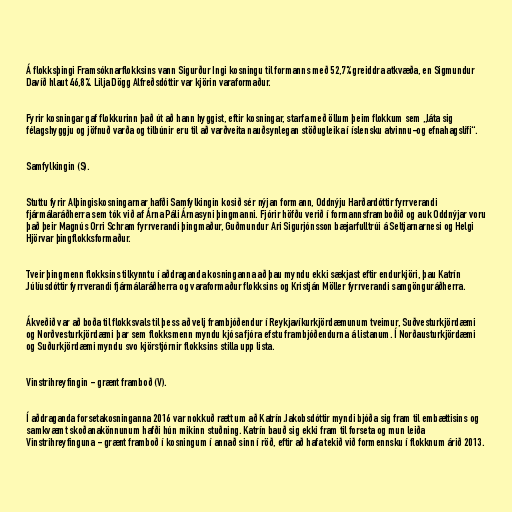
Á flokksþingi Framsóknarflokksins vann Sigurður Ingi kosningu til formanns með 52,7% greiddra atkvæða, en Sigmundur
Davíð hlaut 46,8%. Lilja Dögg Alfreðsdóttir var kjörin varaformaður.

Fyrir kosningar gaf flokkurinn það út að hann hyggist, eftir kosningar, starfa með öllum þeim flokkum sem „láta sig
félagshyggju og jöfnuð varða og tilbúnir eru til að varðveita nauðsynlegan stöðugleika í íslensku atvinnu-og efnahagslífi“.

Samfylkingin (S).

Stuttu fyrir Alþingiskosningarnar hafði Samfylkingin kosið sér nýjan formann, Oddnýju Harðardóttir fyrrverandi
fjármálaráðherra sem tók við af Árna Páli Árnasyni þingmanni. Fjórir höfðu verið í formannsframboðið og auk Oddnýjar voru
það þeir Magnús Orri Schram fyrrverandi þingmaður, Guðmundur Ari Sigurjónsson bæjarfulltrúi á Seltjarnarnesi og Helgi
Hjörvar þingflokksformaður.

Tveir þingmenn flokksins tilkynntu í aðdraganda kosninganna að þau myndu ekki sækjast eftir endurkjöri, þau Katrín
Júlíusdóttir fyrrverandi fjármálaráðherra og varaformaður flokksins og Kristján Möller fyrrverandi samgönguráðherra.

Ákveðið var að boða til flokksvals til þess að velj frambjóðendur í Reykjavíkurkjördæmunum tveimur, Suðvesturkjördæmi
og Norðvesturkjördæmi þar sem flokksmenn myndu kjósa fjóra efstu frambjóðendurna á listanum. Í Norðausturkjördæmi
og Suðurkjördæmi myndu svo kjörstjórnir flokksins stilla upp lista.

Vinstrihreyfingin - grænt framboð (V).

Í aðdraganda forsetakosninganna 2016 var nokkuð rætt um að Katrín Jakobsdóttir myndi bjóða sig fram til embættisins og
samkvæmt skoðanakönnunum hafði hún mikinn stuðning. Katrín bauð sig ekki fram til forseta og mun leiða
Vinstrihreyfinguna - grænt framboð í kosningum í annað sinn í röð, eftir að hafa tekið við formennsku í flokknum árið 2013.